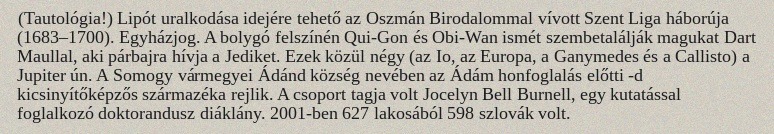
(Tautológia!) Lipót uralkodása idejére tehető az Oszmán Birodalommal vívott Szent Liga háborúja (1683–1700). Egyházjog. A bolygó felszínén Qui-Gon és Obi-Wan ismét szembetalálják magukat Dart Maullal, aki párbajra hívja a Jediket. Ezek közül négy (az Io, az Europa, a Ganymedes és a Callisto) a Jupiter ún. A Somogy vármegyei Ádánd község nevében az Ádám honfoglalás előtti -d kicsinyítőképzős származéka rejlik. A csoport tagja volt Jocelyn Bell Burnell, egy kutatással foglalkozó doktorandusz diáklány. 2001-ben 627 lakosából 598 szlovák volt.